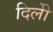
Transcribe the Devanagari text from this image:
दिलीे